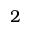
2